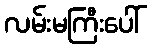
လမ်းမကြီးပေါ်